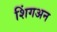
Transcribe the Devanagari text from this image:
शिंगअन